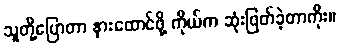
သူတို့ပြောတာ နားထောင်ဖို့ ကိုယ်က ဆုံးဖြတ်ခဲ့တာကိုး။